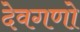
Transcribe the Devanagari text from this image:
देवगणो